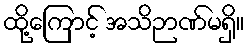
ထို့ကြောင့် အသိဉာဏ်မရှိ။